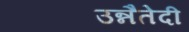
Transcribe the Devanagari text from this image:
उन्नैतेदी